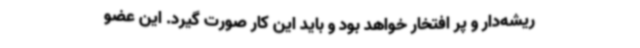
ریشه‌دار و پر افتخار خواهد بود و باید این کار صورت گیرد. این عضو